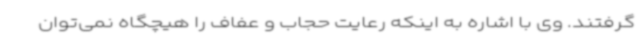
گرفتند. وی با اشاره به اینکه رعایت حجاب و عفاف را هیچگاه نمی‌توان